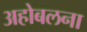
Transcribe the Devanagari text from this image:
अहोबलना